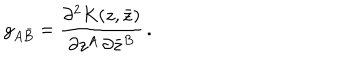
g _ { A \bar { B } } = \frac { \partial ^ { 2 } K ( z , \bar { z } ) } { \partial z ^ { A } \, \partial \bar { z } ^ { B } } \, .